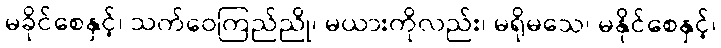
မခိုင်စေနှင့်၊ သက်ဝေကြည်ညို၊ မယားကိုလည်း၊ မရိုမသေ၊ မနိုင်စေနှင့်၊